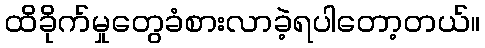
ထိခိုက်မှုတွေခံစားလာခဲ့ရပါတော့တယ်။